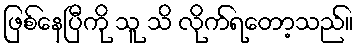
ဖြစ်နေပြီကို သူ သိ လိုက်ရတော့သည်။